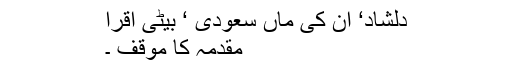
دلشاد‘ ان کی ماں سعودی ‘ بیٹی اقرا
مقدمہ کا موقف ۔